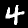
Digit: 4